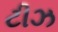
ટીઝ